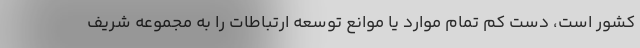
کشور است، دست کم تمام موارد یا موانع توسعه ارتباطات را به مجموعه شریف